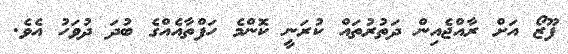
ފޫޒޯ އަށް ރާއްޖެއިން ދަތުރުތައް ކުރަނީ ކޮންމެ ހަފްތާއެއްގެ ބުދަ ދުވަހު އެވެ.